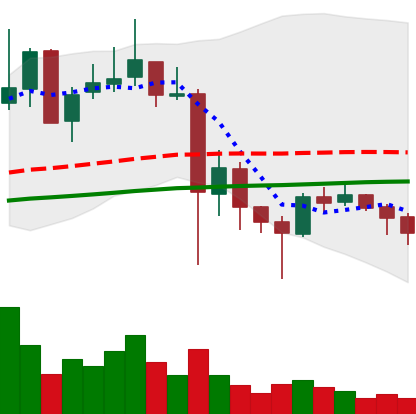
Ticker: XLM-USD
Chart end date: 2021-05-29
Forward return: 15.848%
Label: up_7plus